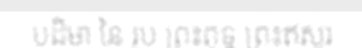
បដិមា នៃ រូប ព្រះពុទ្ធ ព្រះឥសូរ